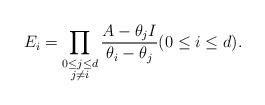
\begin{align*}E_i = \prod_{\substack{0 \leq j \leq d \\ j \ne i}}\frac{A-\theta_j I}{\theta_i-\theta_j } (0 \leq i \leq d).\end{align*}